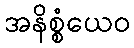
အနိစ္စံယေဝ